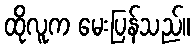
ထိုလူက မေးပြန်သည်။